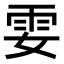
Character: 𩁻